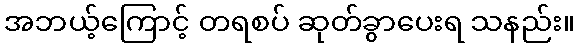
အဘယ့်ကြောင့် တရစပ် ဆုတ်ခွာပေးရ သနည်း။